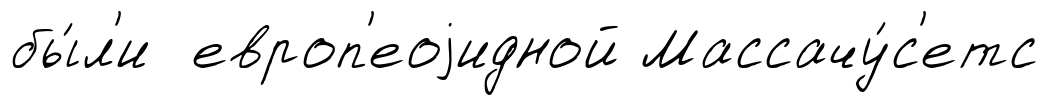
бы́л'и европ'еоjидной Массачу́с'етс